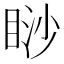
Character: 𥇇